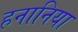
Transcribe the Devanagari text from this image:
हनानिया